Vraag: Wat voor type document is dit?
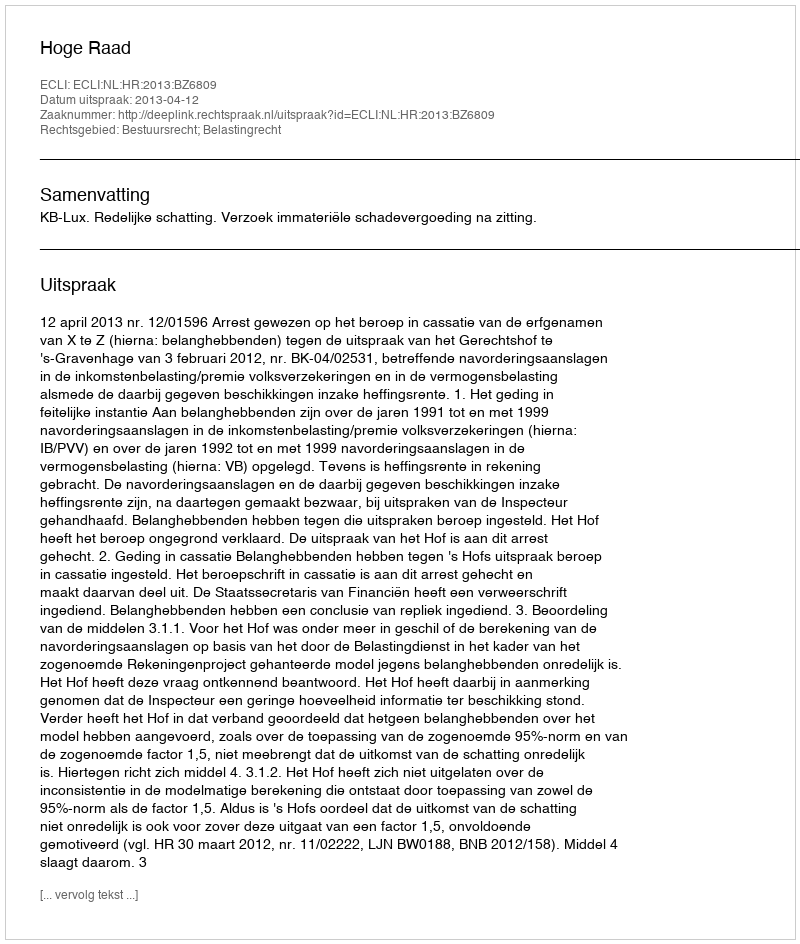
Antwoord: Uitspraak